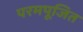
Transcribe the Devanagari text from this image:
परमपूजित